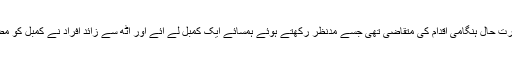
علاقہ مکینوں نے ریسکیو اداروں کو فون کیا تاہم صورت حال ہنگامی اقدام کی متقاضی تھی جسے مدنظر رکھتے ہوئے ہمسائے ایک کمبل لے آئے اور آٹھ سے زائد افراد نے کمبل کو مضبوطی سے پکڑ لیا تاکہ بچہ فرش پر نہ گرنے پائے۔